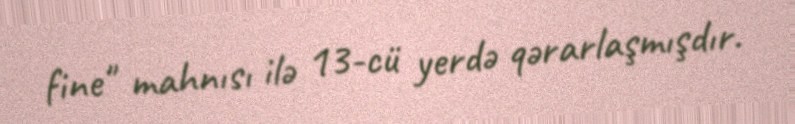
fine" mahnısı ilə 13-cü yerdə qərarlaşmışdır.